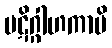
ပဋိဂ္ဂါဟကာပိ